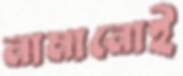
নামানোই